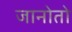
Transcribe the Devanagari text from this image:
जानोतो